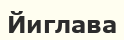
Йиглава